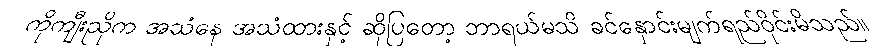
ကိုကျီးညိုက အသံနေ အသံထားနှင့် ဆိုပြတော့ ဘာရယ်မသိ ခင်နှောင်းမျက်ရည်ဝိုင်းမိသည်။